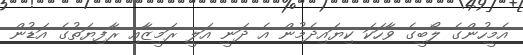
އެމީހުންގެ ލޯބީގެ ވާހަކަ ކިޔައިދެމުން އެ ދަނީ އަލީ ރަމީޒާއި ރާފިޔަތުގެ އަޑުން